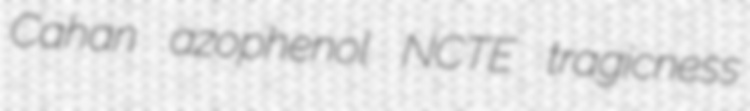
Cahan azophenol NCTE tragicness